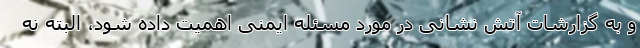
و به گزارشات آتش نشانی در مورد مسئله ایمنی اهمیت داده شود، البته نه